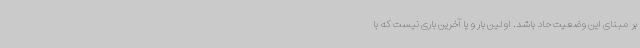
بر مبنای این وضعیت حاد باشد. اولین بار و یا آخرین باری نیست که با